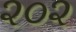
૨૦૨